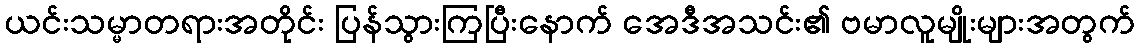
ယင်းသမ္မာတရားအတိုင်း ပြန်သွားကြပြီးနောက် အေဒီအသင်း၏ ဗမာလူမျိုးများအတွက်